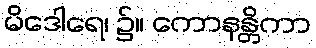
မိဒေါရေ၊ ၌။ ကောနန္တိကာ